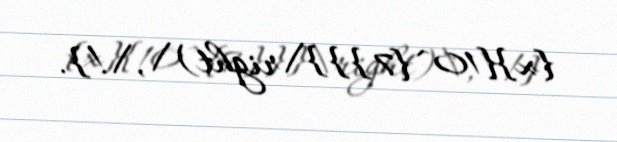
{x}{10^{7}}}\right)\,\!}.